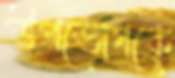
উপভোগকে